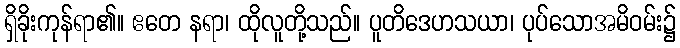
ရှိခိုးကုန်ရာ၏။ ဧတေ နရာ၊ ထိုလူတို့သည်။ ပူတိဒေဟသယာ၊ ပုပ်သောအမိဝမ်း၌